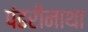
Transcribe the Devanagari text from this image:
पंढरीनाथा